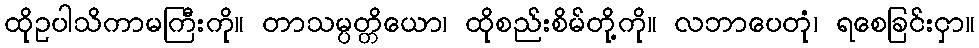
ထိုဥပါသိကာမကြီးကို။ တာသမ္ပတ္တိယော၊ ထိုစည်းစိမ်တို့ကို။ လဘာပေတုံ၊ ရစေခြင်းငှာ။